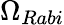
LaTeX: \Omega_{Rabi}